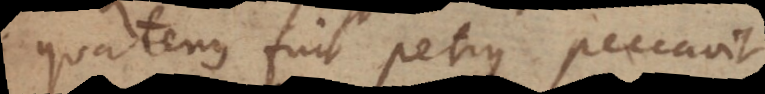
quatenus fuit Petrus peccavit)